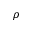
\rho